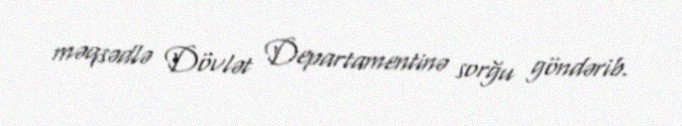
məqsədlə Dövlət Departamentinə sorğu göndərib.